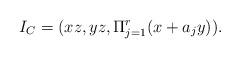
LaTeX: \begin{align*}I_C = (xz,yz,\Pi_{j=1}^{r} (x+a_j y)).\end{align*}